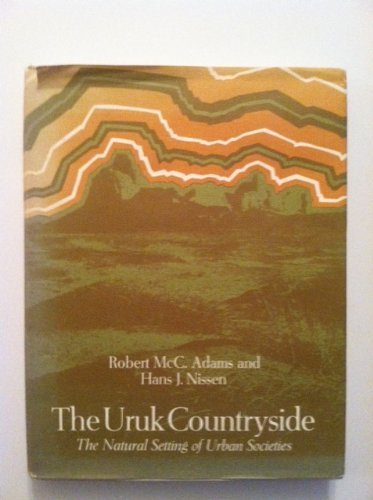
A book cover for Uruk Countryside: Natural Setting of Urban Societies; Robert McC. Adams; Travel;